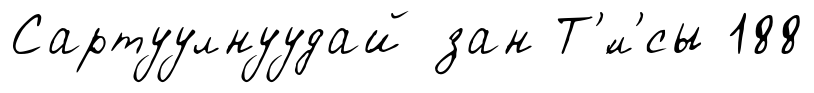
Сартуулнуудай зан Т'́л'сы 188